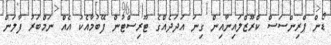
ޑޯން ޕްރިންސަސް ކްރޫޒްލައިނާއިން ގިނަ އަދަދެއްގެ ޓޫރިސްޓުން ފޭބުމާއެކު އެއް ނަމްބަރު ފާލަން